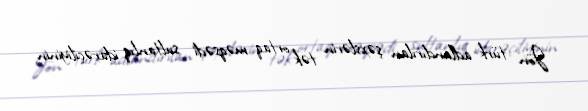
Jön türk adlandırılan şəxslərin tək ortaq məqsədi sultanlıq idarəçiliyinin